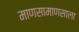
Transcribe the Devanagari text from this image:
माणसामाणसाला